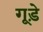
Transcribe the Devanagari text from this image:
गूड़े